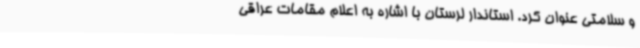
و سلامتی عنوان کرد. استاندار لرستان با اشاره به اعلام مقامات عراقی